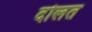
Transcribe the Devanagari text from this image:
दोलत